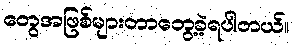
တွေအဖြစ်များတာတွေ့ခဲ့ရပါတယ်။